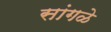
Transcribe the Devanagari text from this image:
सांगळे